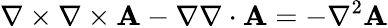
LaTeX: \nabla\times\nabla\times\mathbf{A}-\nabla\nabla\cdot\mathbf{A}=-\nabla^{2}\mathbf{A}